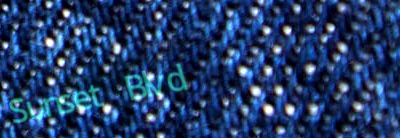
Sunset Blvd